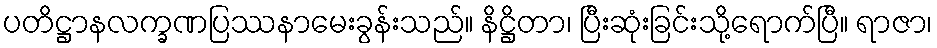
ပတိဋ္ဌာနလက္ခဏပြဿနာမေးခွန်းသည်။ နိဋ္ဌိတာ၊ ပြီးဆုံးခြင်းသို့ရောက်ပြီ။ ရာဇာ၊